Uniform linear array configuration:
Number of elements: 24
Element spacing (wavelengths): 0.5
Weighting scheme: cosine
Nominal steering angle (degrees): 60
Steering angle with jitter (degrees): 60.023
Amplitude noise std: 0.05
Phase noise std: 0.05

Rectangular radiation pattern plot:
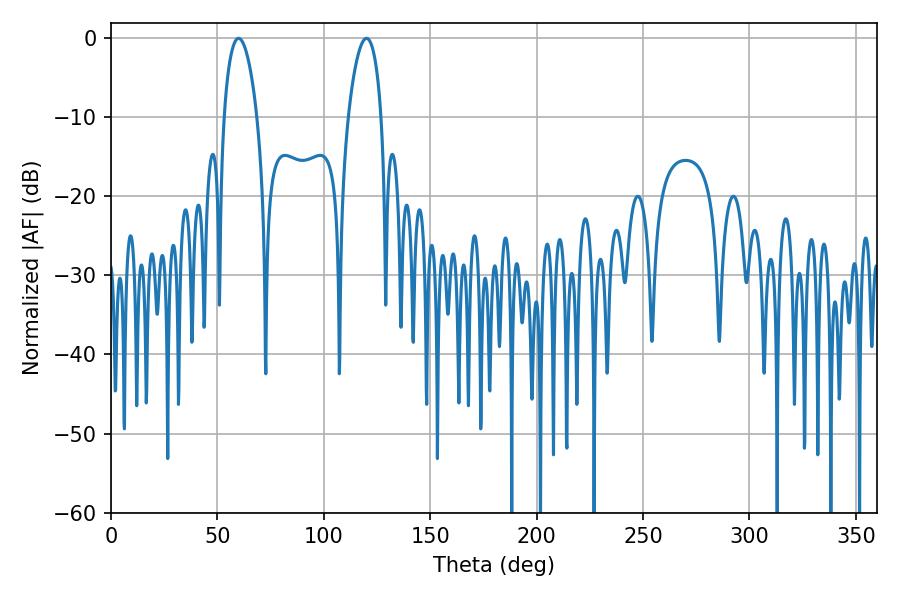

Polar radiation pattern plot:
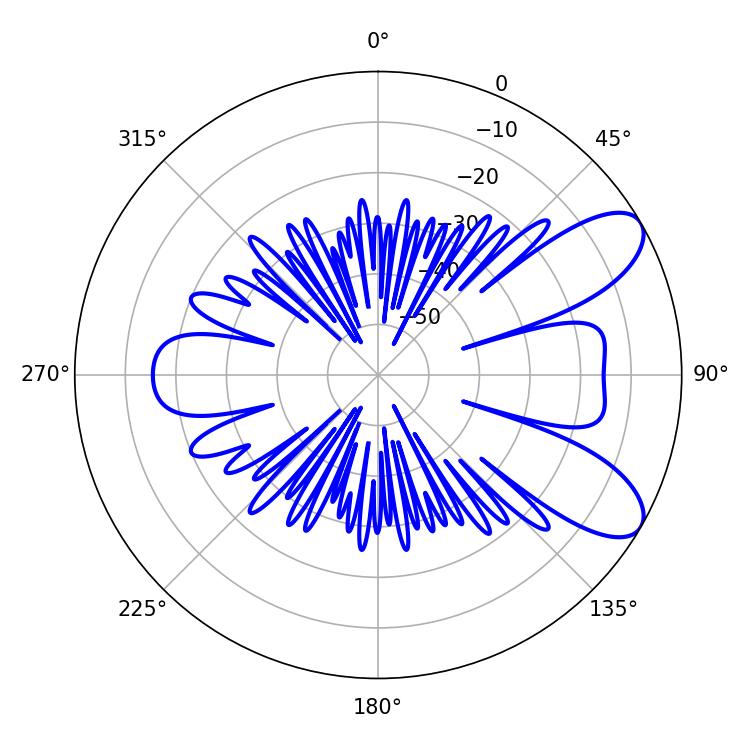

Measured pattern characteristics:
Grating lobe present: FALSE
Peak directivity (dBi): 8.439
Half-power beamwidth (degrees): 8.82
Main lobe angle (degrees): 59.94